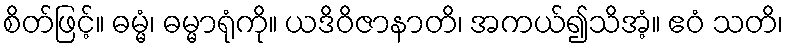
စိတ်ဖြင့်။ ဓမ္မံ၊ ဓမ္မာရုံကို။ ယဒိဝိဇာနာတိ၊ အကယ်၍သိအံ့။ ဧဝံ သတိ၊